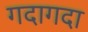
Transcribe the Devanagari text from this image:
गदागदा